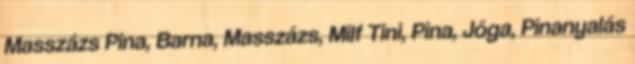
Masszázs Pina, Barna, Masszázs, Milf Tini, Pina, Jóga, Pinanyalás